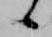
候